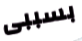
بسببى